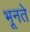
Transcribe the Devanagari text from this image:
भूनते